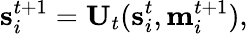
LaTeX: \textbf{s}_{i}^{t+1}=\textbf{U}_{t}(\textbf{s}_{i}^{t},\textbf{m}_{i}^{t+1}),